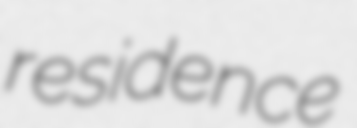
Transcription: residence